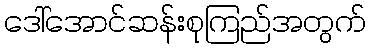
ဒေါ်အောင်ဆန်းစုကြည်အတွက်